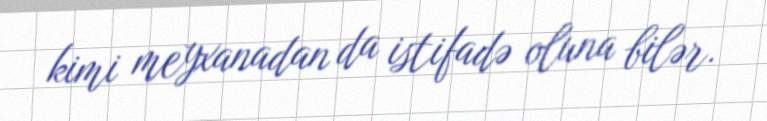
kimi meyxanadan da istifadə oluna bilər.